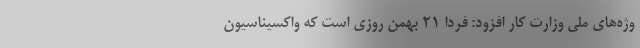
وژه‌های ملی وزارت کار افزود: فردا ۲۱ بهمن روزی است که واکسیناسیون